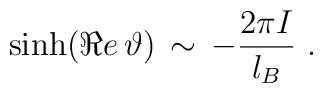
\sinh (\Re e\, \vartheta )\, \sim \, -\frac{2\pi I}{l_{B}}\, \, .